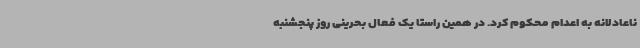
ناعادلانه به اعدام محکوم کرد. در همین راستا یک فعال بحرینی روز پنجشنبه